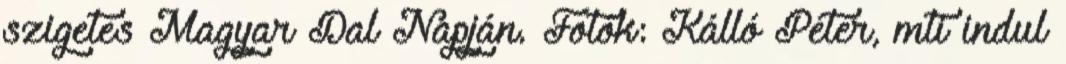
szigetes Magyar Dal Napján. Fotók: Kálló Péter, mti indul